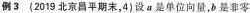
例3 (2019北京昌平期末，4)设a是单位向量，b是非零